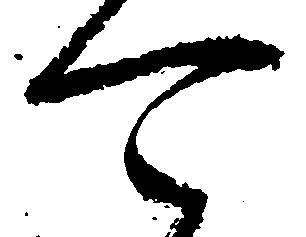
可